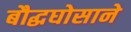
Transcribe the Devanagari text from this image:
बौद्धघोसाने